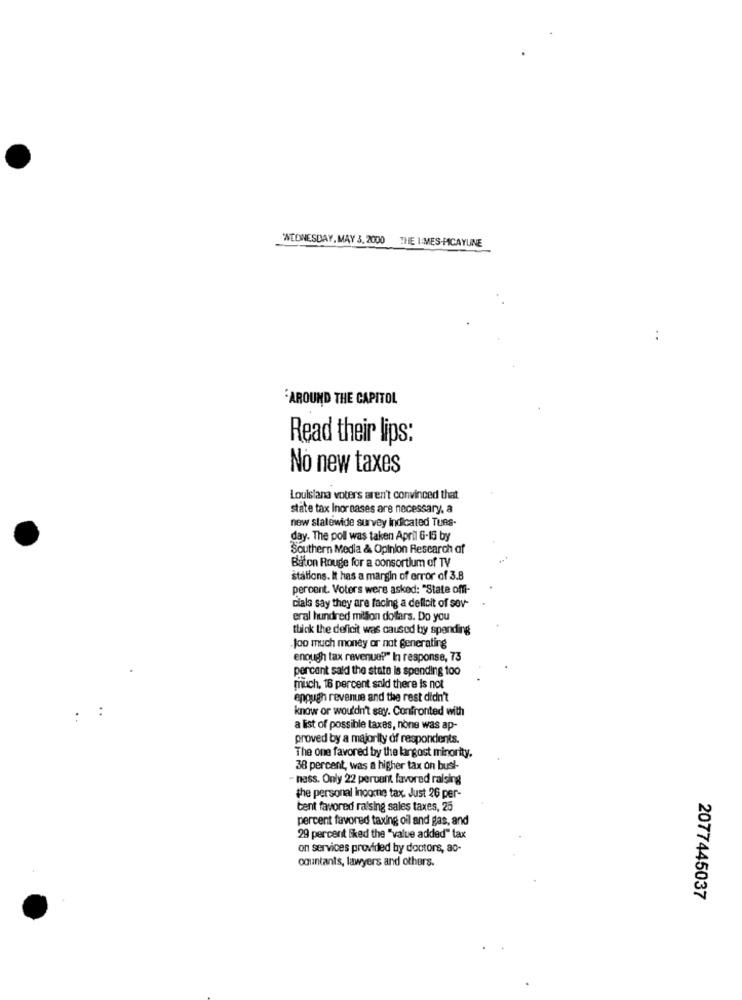
WEDNESDAY, MAY 3, 2000 THE 1:MES-PICAYUNE
:
AROUND THE CAPITOL
Read their lips:
No new taxes
Louisiana voters aren't convinced that
state tax Inor nases are necessary, a
new statewide survey indicated Tues-
day. The poll was taken April 6-15 by
Southern Media & Opinion Research of
Baton Rouge for a consortium of TV
stations. It has a margin of error of 3.8
percent. Voters were asked: "State offi-
cials say they are facing a defloit of sov-
eral hundred million dofars. Do you
think the deficit was caused by spending
Joo much money or nat generating
enough tax revenue?" In response, 73
percent sald the state is spending 100
much, 16 percent sald there is not
enough revenue and the rest didn't
know or wouldn't say. Confronted with
a list of possible taxes, none was ap-
proved by a majority of respondents.
The one favored by the langost minority.
38 percent, was a higher tax on bust-
- hess. Only 22 percent favored raising
the personal income tax. Just 26 per-
tent favored raising sales taxes, 25
percent favored taxing oil and gas, and
29 percent liked the "value added" tax
on services provided by doctors, ao-
oguntants, lawyers and others.
2077445037